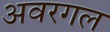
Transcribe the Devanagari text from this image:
अवरगल